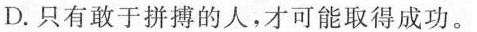
D.只有敢于拼搏的人，才可能取得成功。